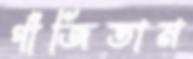
গাঁজিতাম